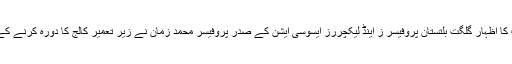
ان خیالات کا اظہار گلگت بلتستان پروفیسر ز اینڈ لیکچررز ایسوسی ایشن کے صدر پروفیسر محمد زمان نے زیر تعمیر کالج کا دورہ کرنے کے بعد کیا ۔